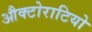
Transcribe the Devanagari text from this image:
औक्टोराटियो